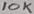
Text: 10K